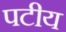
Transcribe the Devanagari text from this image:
पटीय